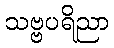
သဗ္ဗပရိညာ